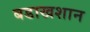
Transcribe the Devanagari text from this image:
बडाखशान